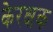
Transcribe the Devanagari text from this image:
केरक्षक